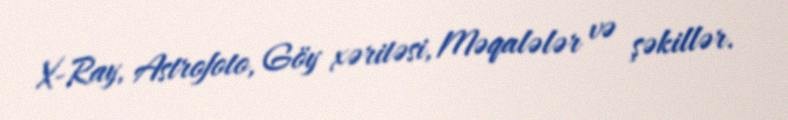
X-Ray, Astrofoto, Göy xəritəsi, Məqalələr və şəkillər.